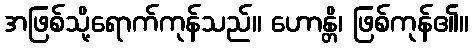
အဖြစ်သို့ရောက်ကုန်သည်။ ဟောန္တိ၊ ဖြစ်ကုန်၏။